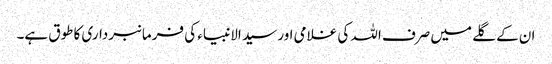
ان کے گلے میں صرف اللہ کی غلامی اور سید الانبیاء کی فرمانبرداری کا طوق ہے۔